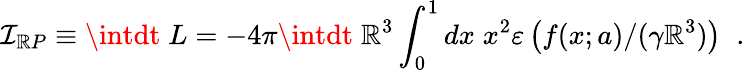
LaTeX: \mathcal{I}_{\mathbb{R}P}\equiv\intdt\; L=-4\pi\intdt\; \mathbb{R}^{3}\int_{0}^{1}dx\; x^{2}\varepsilon\left(f(x;a)/(\gamma\mathbb{R}^{3})\right)\; \; .